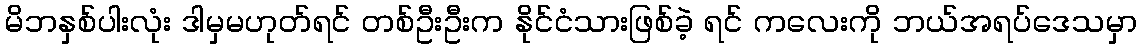
မိဘနှစ်ပါးလုံး ဒါမှမဟုတ်ရင် တစ်ဦးဦးက နိုင်ငံသားဖြစ်ခဲ့ ရင် ကလေးကို ဘယ်အရပ်ဒေသမှာ